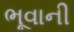
ભૂવાની